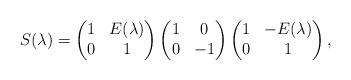
LaTeX: \begin{align*}S(\lambda)=\begin{pmatrix}1 & E(\lambda) \\ 0 & 1\end{pmatrix}\begin{pmatrix}1 & 0 \\ 0 & -1\end{pmatrix}\begin{pmatrix}1 & -E(\lambda) \\ 0 & 1\end{pmatrix},\end{align*}